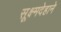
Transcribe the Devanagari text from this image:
सूक्ष्मदेहाने